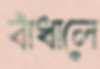
বাঁধালে